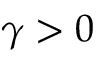
\gamma > 0